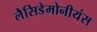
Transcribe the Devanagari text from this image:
लैसिडेमोनीयंस